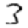
Digit: 3